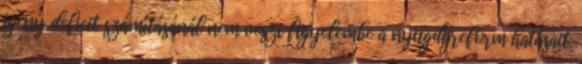
igény deficit számításánál nem veszi figyelembe a nyugdíjreform hatásait.